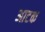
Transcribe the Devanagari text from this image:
आटक